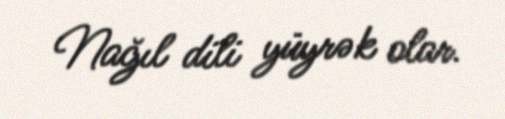
Nağıl dili yüyrək olar.